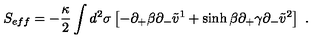
S _ { e f f } = - { \frac { \kappa } { 2 } } \int d ^ { 2 } \sigma \left[ - \partial _ { + } \beta \partial _ { - } \tilde { v } ^ { 1 } + \sinh \beta \partial _ { + } \gamma \partial _ { - } \tilde { v } ^ { 2 } \right] \ .